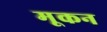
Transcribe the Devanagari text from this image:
मूकन